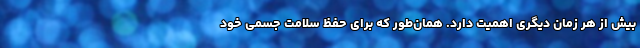
بیش از هر زمان دیگری اهمیت دارد. همان‌طور که برای حفظ سلامت جسمی خود